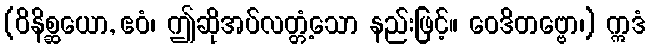
(ဝိနိစ္ဆယော, ဧဝံ၊ ဤဆိုအပ်လတ္တံ့သော နည်းဖြင့်။ ဝေဒိတဗ္ဗော၊) ဣဒံ